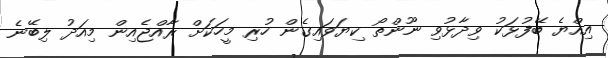
އިއްޔެ ބޭފުޅަކު ވިދާޅުވި ނޫންތޯ ކިޔަވައިގެން ހުރި މީހަކަށް ރާއްޖެއިން މިއަދު ލިބޭނެ